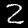
Digit: 2